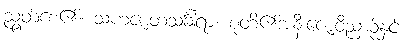
ညွတ်စေ၏။ သဟဇာတသင်္ခါရာ၊ စုတိ၏အနီးဇောဝိညာဉ်နှင့်